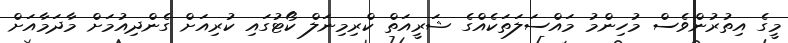
މީގެ އިތުރުންވެސް މުހިންމު މައްސަލަތަކެއްގެ ޝަރީއަތް ކްރިމިނަލް ކޯޓުގައި ކުރިއަށް ގެންދިއުމަށް މާދަމާއަށް